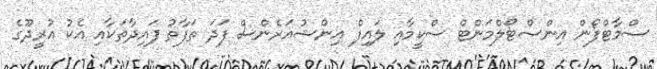
ސްމާޓްފޯން އިންސްޓޯލްމަންޓް ސްކީމާއި ލައިފް އިންޝުއަރެންސް ފަދަ ތަފާތު ފައިދާތަކާއި އެކު އުރީދޫގެ